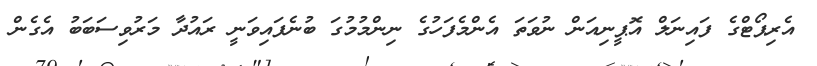
އެރިޕޯޓްގެ ފައިނަލް އޮޕީނިއަން ނުވަތަ އެންމެފަހުގެ ނިންމުމުގަ ބުނެފައިވަނީ ރައުދާ މަރުވިސަބަބު އެގެން